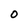
Character: O